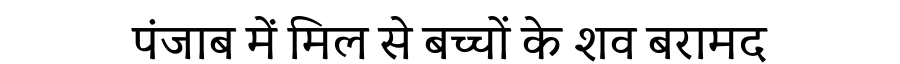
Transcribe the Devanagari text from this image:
पंजाब में मिल से बच्चों के शव बरामद